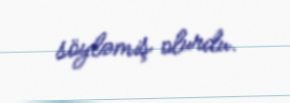
söyləmiş olurdu.